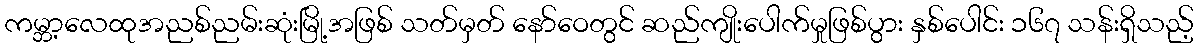
ကမ္ဘာ့လေထုအညစ်ညမ်းဆုံးမြို့အဖြစ် သတ်မှတ် နော်ဝေတွင် ဆည်ကျိုးပေါက်မှုဖြစ်ပွား နှစ်ပေါင်း ၁၆၇ သန်းရှိသည့်